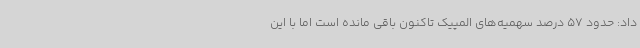
داد: حدود 57 درصد سهمیه‌های المپیک تاکنون باقی مانده است اما با این